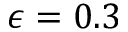
\epsilon = 0 . 3